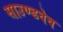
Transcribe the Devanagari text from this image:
साउण्डवेव